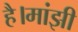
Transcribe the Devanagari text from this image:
है।मांझी